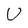
Character: U